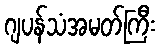
ဂျပန်သံအမတ်ကြီး